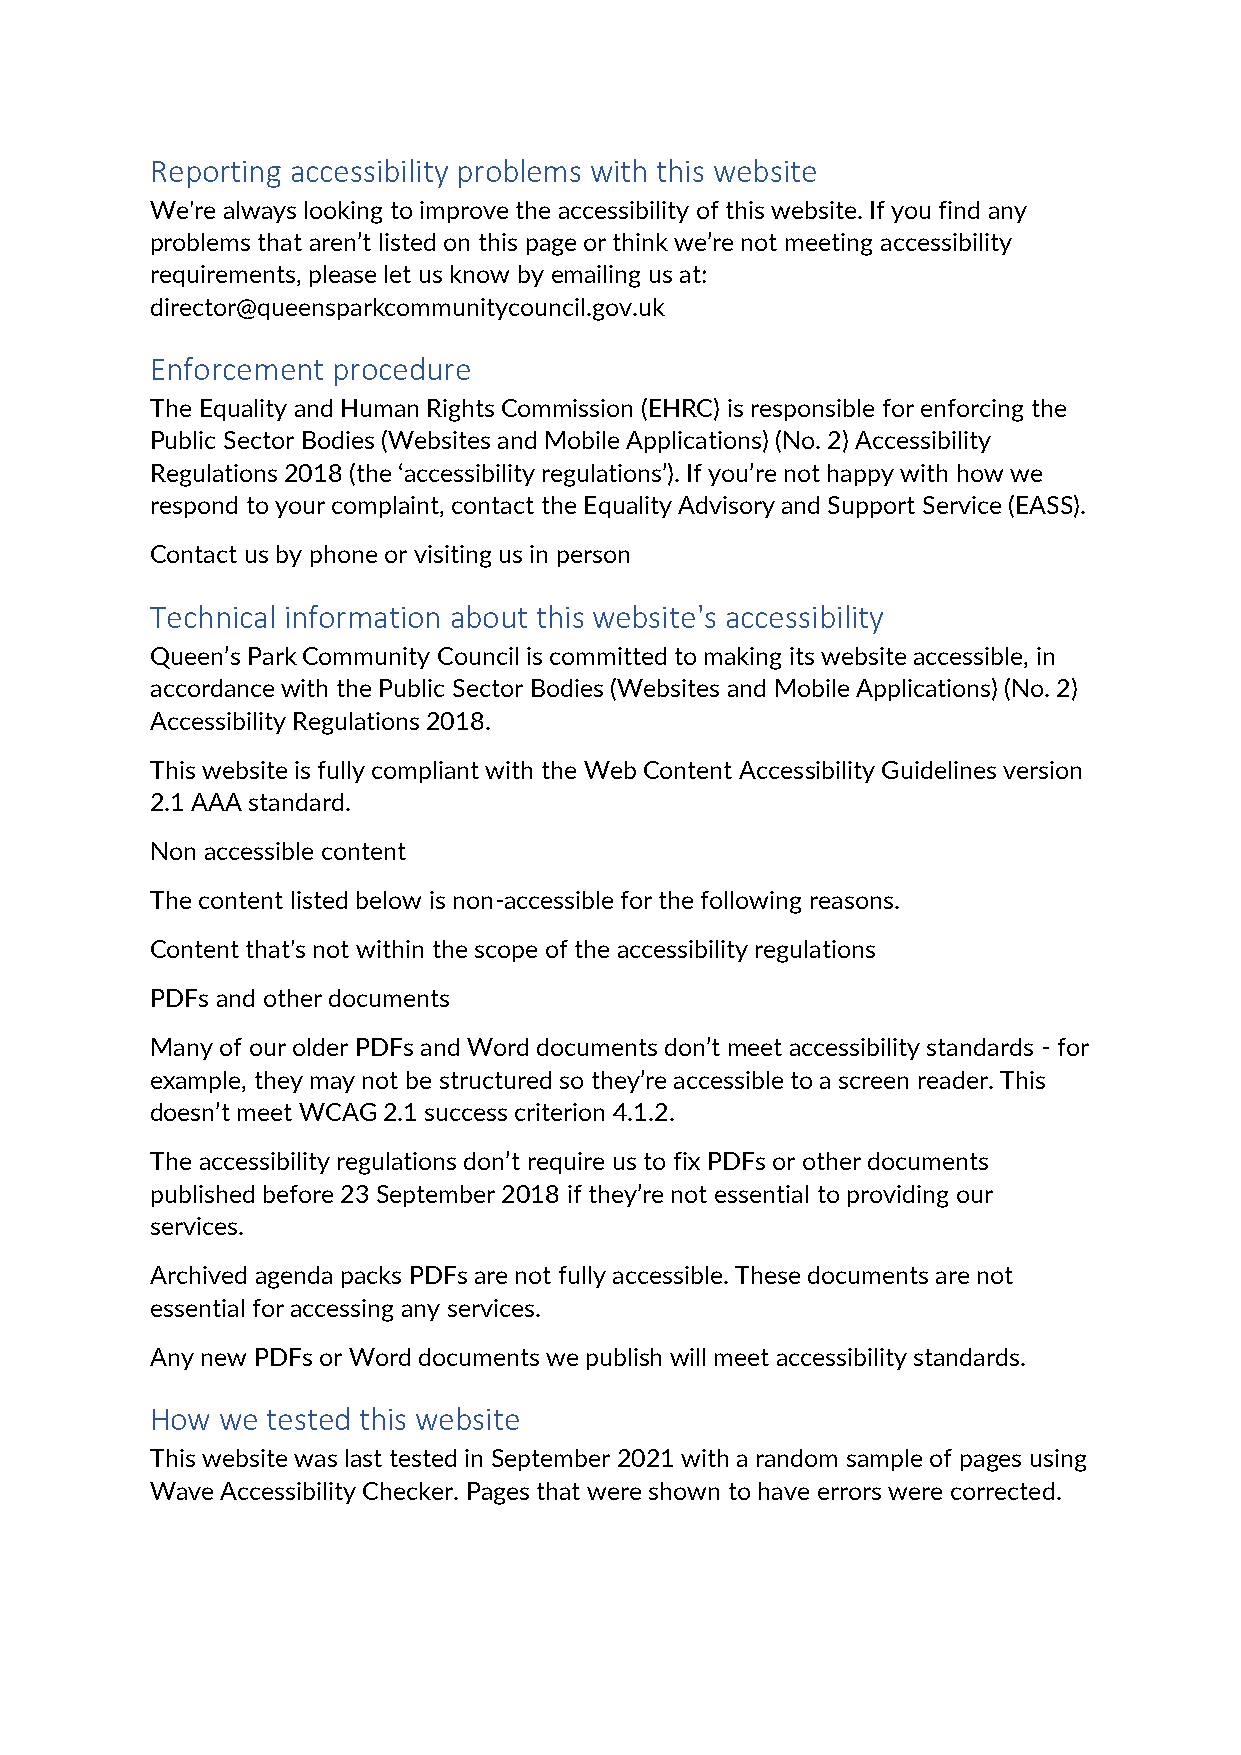
Reporting accessibility problems with this website
 We're always looking to improve the accessibility of this website. If you find any
 problems that aren’t listed on this page or think we’re not meeting accessibility
 requirements, please let us know by emailing us at:
 director@queensparkcommunitycouncil.gov.uk
 Enforcement procedure
 The Equality and Human Rights Commission (EHRC) is responsible for enforcing the
 Public Sector Bodies (Websites and Mobile Applications) (No. 2) Accessibility
 Regulations 2018 (the ‘accessibility regulations’). If you’re not happy with how we
 respond to your complaint, contact the Equality Advisory and Support Service (EASS).
 Contact us by phone or visiting us in person
 Technical information about this website's accessibility
 Queen’s Park Community Council is committed to making its website accessible, in
 accordance with the Public Sector Bodies (Websites and Mobile Applications) (No. 2)
 Accessibility Regulations 2018.
 This website is fully compliant with the Web Content Accessibility Guidelines version
 2.1 AAA standard.
 Non accessible content
 The content listed below is non-accessible for the following reasons.
 Content that's not within the scope of the accessibility regulations
 PDFs and other documents
 Many of our older PDFs and Word documents don’t meet accessibility standards - for
 example, they may not be structured so they’re accessible to a screen reader. This
 doesn’t meet WCAG 2.1 success criterion 4.1.2.
 The accessibility regulations don’t require us to fix PDFs or other documents
 published before 23 September 2018 if they’re not essential to providing our
 services.
 Archived agenda packs PDFs are not fully accessible. These documents are not
 essential for accessing any services.
 Any new PDFs or Word documents we publish will meet accessibility standards.
 How  we tested this website
 This website was last tested in September 2021 with a random sample of pages using
 Wave Accessibility Checker. Pages that were shown to have errors were corrected.